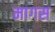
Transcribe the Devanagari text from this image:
मागस